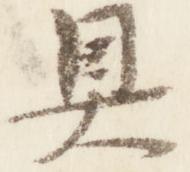
具